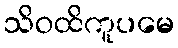
သိဝထိကူပမေ